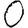
Digit: 0